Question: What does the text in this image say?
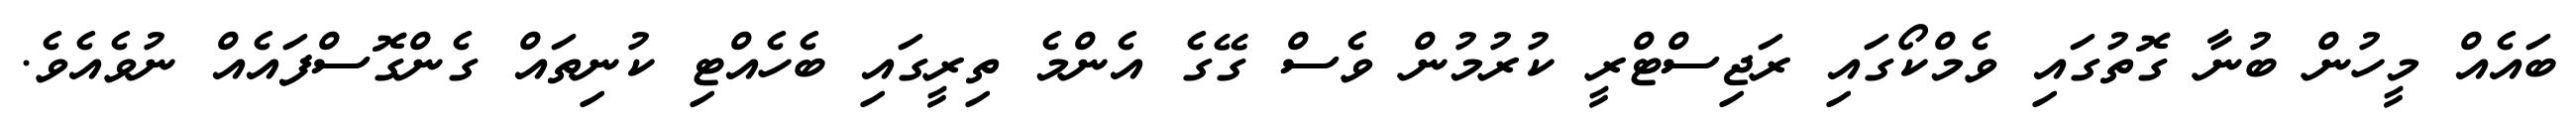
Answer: ބައެއް މީހުން ބުނާ ގޮތުގައި ވެމްކޯގައި ރަޖިސްޓްރީ ކުރުމުން ވެސް ގޭގެ އެންމެ ތިރީގައި ބެހެއްޓި ކުނިތައް ގެންގޮސްފައެއް ނުވެއެވެ.